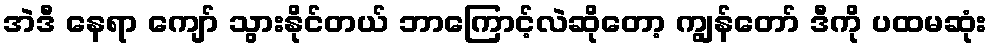
အဲဒီ နေရာ ကျော် သွားနိုင်တယ် ဘာကြောင့်လဲဆိုတော့ ကျွန်တော် ဒီကို ပထမဆုံး